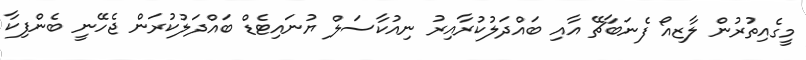
މީގެއިތުރުން ލާޒިއޯ ފެނަބާޗޭ އާއި ބައްދަލުކުރާއިރު ނިއުކާސަލް ޔުނައިޓެޑް ބައްދަލުކުރަން ޖެހޭނީ ބެންފިކާ